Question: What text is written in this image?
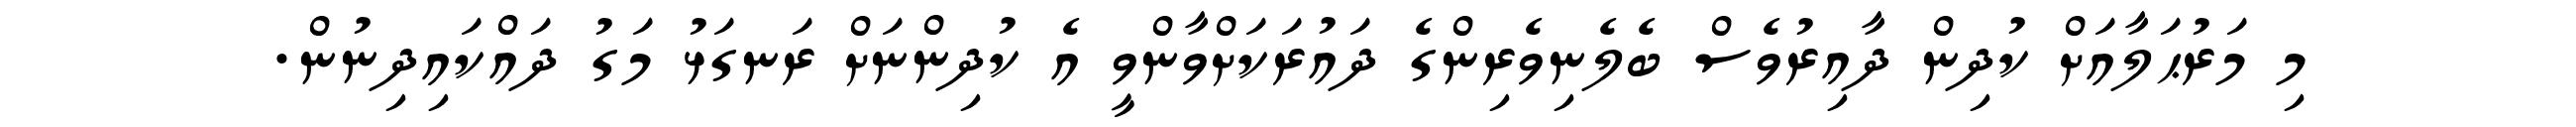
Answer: މި މަރުޙަލާއަށް ކުދިން ދާއިރުވެސް ބެލެނިވެރިންގެ ދައުރަކަށްވާންވީ އެ ކުދިންނަށް ރަނގަޅު މަގު ދައްކައިދިނުން.